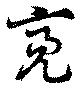
亮